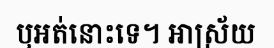
ឬអត់នោះទេ។ អាស្រ័យ